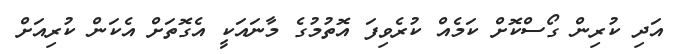
އަދި ކުރިން ގޯސްކޮށް ކަމެއް ކުރެވިފަ އޮތުމުގެ މާނައަކީ އެގޮތަށް އެކަން ކުރިއަށް